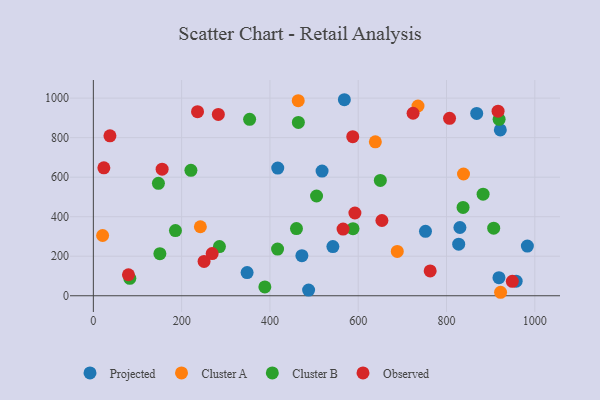
{"axis": {"x": "Experience", "y": "Salary"}, "legend": ["Cluster A", "Cluster B", "Observed", "Projected"], "data": [{"x": "752.4", "y": 326.2, "type": "Projected"}, {"x": "830.4", "y": 345.3, "type": "Projected"}, {"x": "957.8", "y": 73.6, "type": "Projected"}, {"x": "348.3", "y": 117.3, "type": "Projected"}, {"x": "472.4", "y": 202.6, "type": "Projected"}, {"x": "518.1", "y": 630.9, "type": "Projected"}, {"x": "542.6", "y": 249.1, "type": "Projected"}, {"x": "983.2", "y": 251.4, "type": "Projected"}, {"x": "827.6", "y": 261.2, "type": "Projected"}, {"x": "868.4", "y": 922.6, "type": "Projected"}, {"x": "487.6", "y": 28.7, "type": "Projected"}, {"x": "921.9", "y": 839.2, "type": "Projected"}, {"x": "417.7", "y": 646.3, "type": "Projected"}, {"x": "918.8", "y": 91.6, "type": "Projected"}, {"x": "568.6", "y": 992.0, "type": "Projected"}, {"x": "464.1", "y": 987.3, "type": "Cluster A"}, {"x": "638.8", "y": 778.8, "type": "Cluster A"}, {"x": "242.4", "y": 349.2, "type": "Cluster A"}, {"x": "838.5", "y": 616.1, "type": "Cluster A"}, {"x": "735.4", "y": 960.3, "type": "Cluster A"}, {"x": "922.5", "y": 17.6, "type": "Cluster A"}, {"x": "21.0", "y": 304.8, "type": "Cluster A"}, {"x": "688.5", "y": 224.3, "type": "Cluster A"}, {"x": "882.9", "y": 513.9, "type": "Cluster B"}, {"x": "82.6", "y": 88.0, "type": "Cluster B"}, {"x": "186.0", "y": 329.9, "type": "Cluster B"}, {"x": "650.1", "y": 583.5, "type": "Cluster B"}, {"x": "417.3", "y": 236.4, "type": "Cluster B"}, {"x": "150.7", "y": 213.0, "type": "Cluster B"}, {"x": "354.0", "y": 892.7, "type": "Cluster B"}, {"x": "464.4", "y": 877.0, "type": "Cluster B"}, {"x": "460.1", "y": 340.0, "type": "Cluster B"}, {"x": "147.4", "y": 568.9, "type": "Cluster B"}, {"x": "388.5", "y": 44.8, "type": "Cluster B"}, {"x": "505.6", "y": 504.9, "type": "Cluster B"}, {"x": "588.2", "y": 339.2, "type": "Cluster B"}, {"x": "221.0", "y": 634.6, "type": "Cluster B"}, {"x": "919.2", "y": 892.8, "type": "Cluster B"}, {"x": "837.5", "y": 447.0, "type": "Cluster B"}, {"x": "906.9", "y": 342.0, "type": "Cluster B"}, {"x": "285.6", "y": 248.8, "type": "Cluster B"}, {"x": "592.5", "y": 418.7, "type": "Observed"}, {"x": "763.0", "y": 125.7, "type": "Observed"}, {"x": "724.3", "y": 923.5, "type": "Observed"}, {"x": "37.6", "y": 809.5, "type": "Observed"}, {"x": "565.7", "y": 337.2, "type": "Observed"}, {"x": "806.9", "y": 897.8, "type": "Observed"}, {"x": "79.5", "y": 106.3, "type": "Observed"}, {"x": "916.8", "y": 934.1, "type": "Observed"}, {"x": "236.0", "y": 931.4, "type": "Observed"}, {"x": "250.8", "y": 173.5, "type": "Observed"}, {"x": "653.7", "y": 380.8, "type": "Observed"}, {"x": "587.6", "y": 805.1, "type": "Observed"}, {"x": "949.1", "y": 72.8, "type": "Observed"}, {"x": "283.1", "y": 917.7, "type": "Observed"}, {"x": "269.1", "y": 213.5, "type": "Observed"}, {"x": "155.8", "y": 640.7, "type": "Observed"}, {"x": "23.8", "y": 647.3, "type": "Observed"}]}